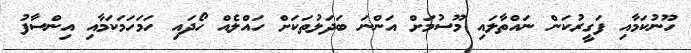
ހޫނުކަމާއި ފަގީރުކަން ނައްތާލައި މޫސުމަށް އަންނަ ބަދަލުތަކަށް ހައްލެއް ހޯދައި ހަމަހަމަކަމާއި އިންސާފު